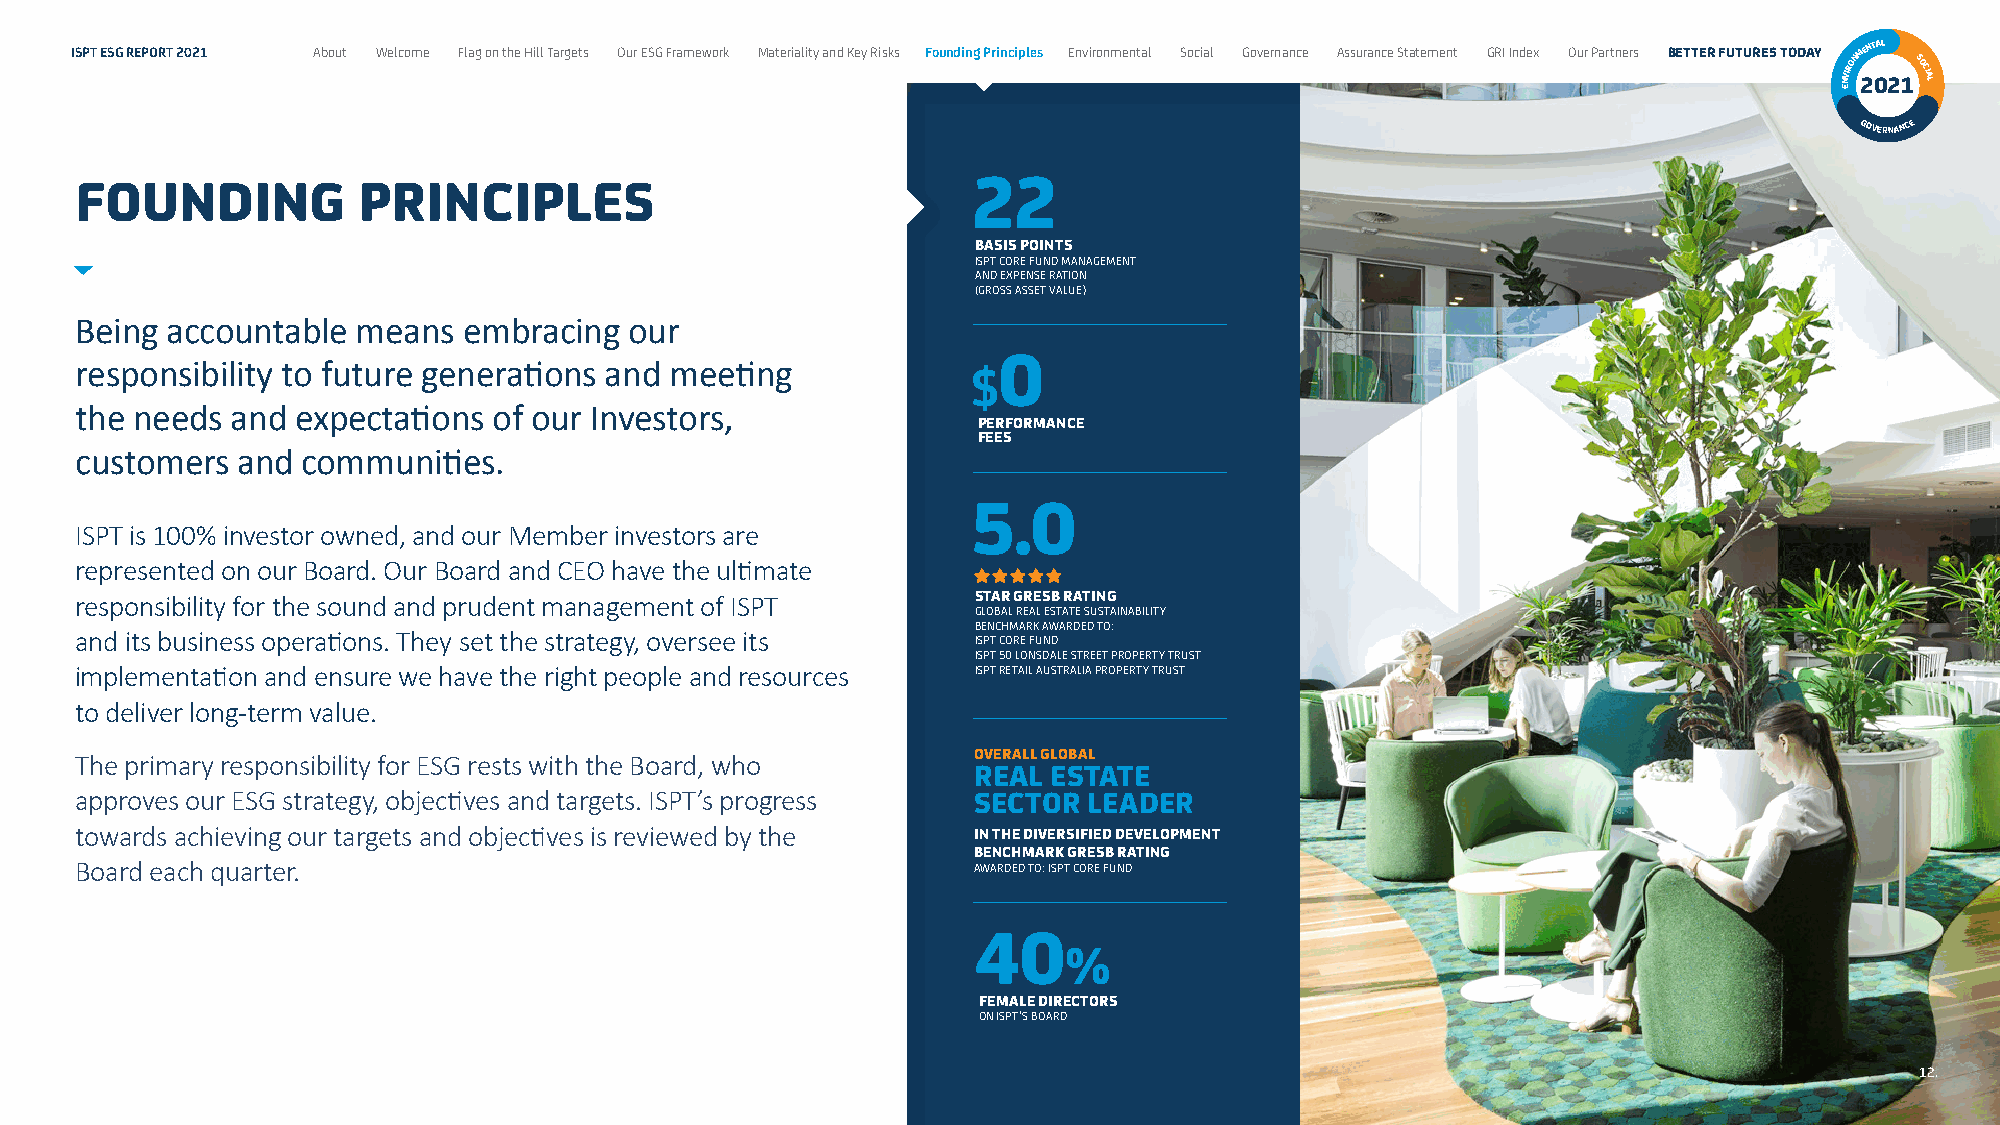
ISPT ESG REPORT 2021 About Welcome Flag on the Hill Targets Our ESG Framework Materiality and Key Risks Founding Principles Environmental Social Governance Assurance Statement GRI Index Our Partners BETTER FUTURES TODAY NVIRONM 2ENT 0AL
 21SOCIAL
 E
 GOVERNANCE
 22
 FOUNDING           PRINCIPLES
 BASIS POINTS
 ISPT CORE FUND MANAGEMENT
 AND EXPENSE RATION
 (GROSS ASSET VALUE)
 Being accountable  means  embracing  our
 0
 responsibility to future generations and meeting           $
 the needs and  expectations of our Investors,
 PERFORMANCE
 FEES
 customers  and communities.
 5.0
 ISPT is 100% investor owned, and our Member investors are
 represented on our Board. Our Board and CEO have the ultimate
 responsibility for the sound and prudent management of ISPT STAR GRESB RATING
 GLOBAL REAL ESTATE SUSTAINABILITY
 BENCHMARK AWARDED TO:
 and its business operations. They set the strategy, oversee its
 ISPT CORE FUND
 ISPT 50 LONSDALE STREET PROPERTY TRUST
 implementation and ensure we have the right people and resources ISPT RETAIL AUSTRALIA PROPERTY TRUST
 to deliver long-term value.
 The primary responsibility for ESG rests with the Board, who OVERALL GLOBAL
 REAL  ESTATE
 approves our ESG strategy, objectives and targets. ISPT’s progress SECTOR LEADER
 towards achieving our targets and objectives is reviewed by the IN THE DIVERSIFIED DEVELOPMENT
 BENCHMARK GRESB RATING
 Board each quarter.                                        AWARDED TO: ISPT CORE FUND
 40
 %
 FEMALE DIRECTORS
 ON ISPT’S BOARD
 12.